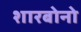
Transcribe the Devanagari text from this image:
शारबोनो